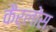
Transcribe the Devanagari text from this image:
कैर्लोस